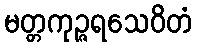
မတ္တကုဉ္ဇရသေဝိတံ